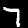
Digit: 7